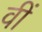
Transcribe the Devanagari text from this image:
वीं